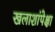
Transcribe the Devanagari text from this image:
खलाशांपेक्षा